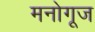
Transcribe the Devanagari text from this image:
मनोगूज